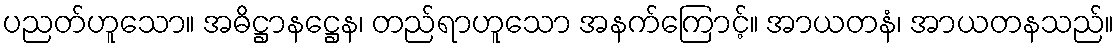
ပညတ်ဟူသော။ အဓိဋ္ဌာနဋ္ဌေန၊ တည်ရာဟူသော အနက်ကြောင့်။ အာယတနံ၊ အာယတနသည်။